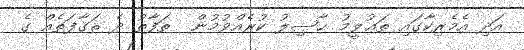
އަދި އެމެރިކާގައި ތަޢުލީމު ޙާޞިލު ކުރެއްވުމުން  ތަފާތު ދެ ޘަޤާފަތެއް ގެ